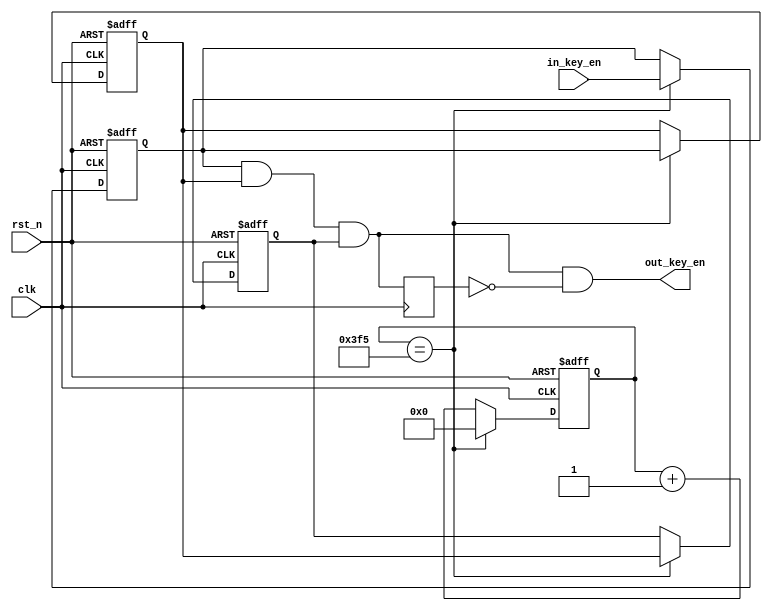
module fangdou(in_key_en,rst_n,clk,out_key_en);
	input [3:0]in_key_en;
	input clk,rst_n;
	
	output [3:0]out_key_en;
	
	parameter clk190 = 18'd263157;
	
	reg [24:0]cnt;
	reg [3:0]delay1,delay2,delay3;
	wire [3:0]out_key_en_r;
	reg [3:0]out_key_en_rr;
	
	always @(posedge clk or negedge rst_n)
	begin
		if(!rst_n)
			cnt <= 0;
		else if(cnt == clk190)
			cnt <= 0;
		else 
			cnt <= cnt + 1;
	end
	
	always @(posedge clk or negedge rst_n)
	begin
		if(!rst_n)
			begin
				delay1 <= 4'b0000;
				delay2 <= 4'b0000;
				delay3 <= 4'b0000;
			end
		else if(cnt == clk190)
			begin
				delay1 <= in_key_en;
				delay2 <= delay1;
				delay3 <= delay2;
			end
	end
	
	assign out_key_en_r = delay1 & delay2 & delay3 ;
	
	always@(posedge clk)
		out_key_en_rr <= out_key_en_r;
	
	assign out_key_en = out_key_en_r & ~out_key_en_rr; //原始信号 & ~延时后的信号
	
endmodule